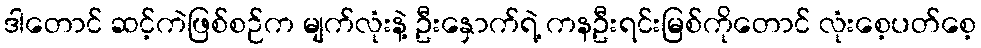
ဒါတောင် ဆင့်ကဲဖြစ်စဉ်က မျက်လုံးနဲ့ ဦးနှောက်ရဲ့ ကနဦးရင်းမြစ်ကိုတောင် လုံးစေ့ပတ်စေ့